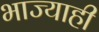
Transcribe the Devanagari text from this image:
भाज्याही